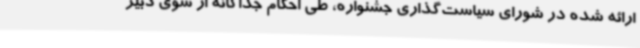
ارائه شده در شورای سیاست‌گذاری جشنواره، طی احکام جداگانه از سوی دبیر